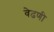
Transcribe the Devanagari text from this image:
वेढणी